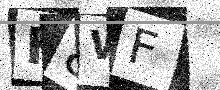
Text: F8WF